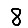
Digit: 8